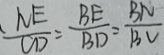
\frac { N E } { C D } = \frac { B E } { B D } = \frac { B N } { B C }